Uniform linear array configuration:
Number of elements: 32
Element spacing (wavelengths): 0.5
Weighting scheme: hamming
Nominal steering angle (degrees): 45
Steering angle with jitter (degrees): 45.088
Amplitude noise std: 0.05
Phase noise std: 0.05

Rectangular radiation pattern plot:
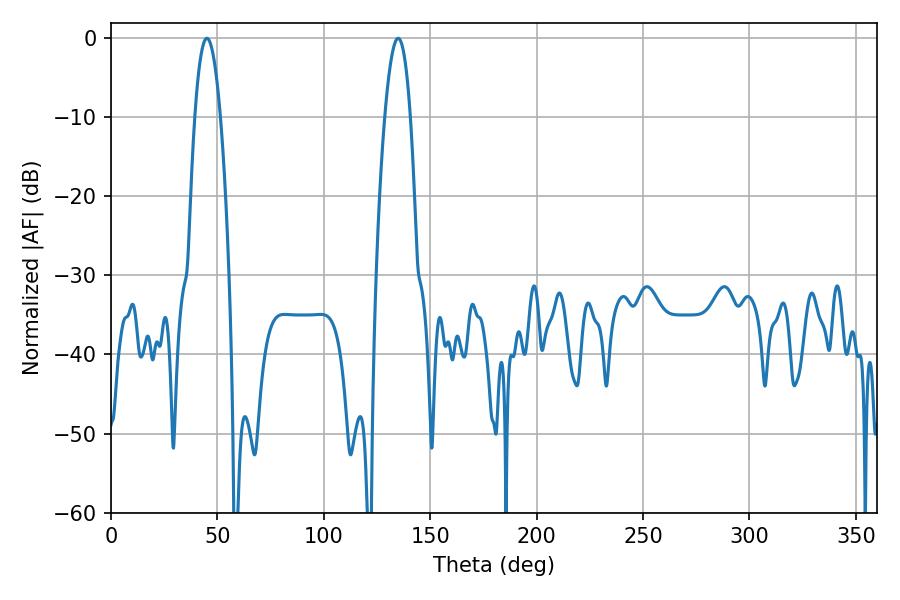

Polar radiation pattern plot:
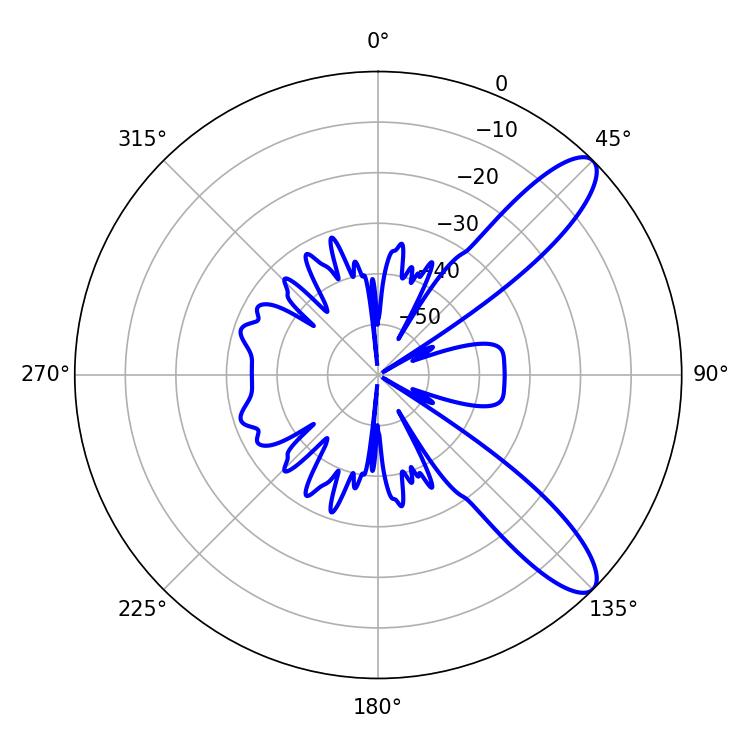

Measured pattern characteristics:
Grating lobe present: FALSE
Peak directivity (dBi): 10.546
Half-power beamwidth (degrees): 6.48
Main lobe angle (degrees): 45